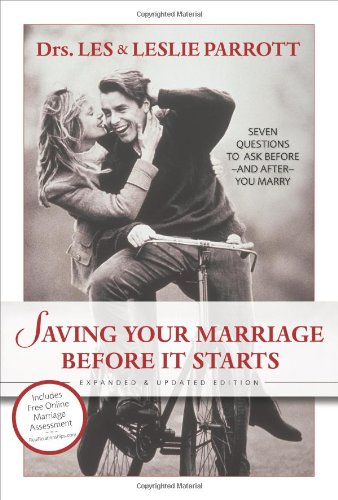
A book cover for Saving Your Marriage Before It Starts; Les Parrott; Parenting & Relationships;